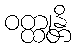
ဝတ္ထုန္တိ